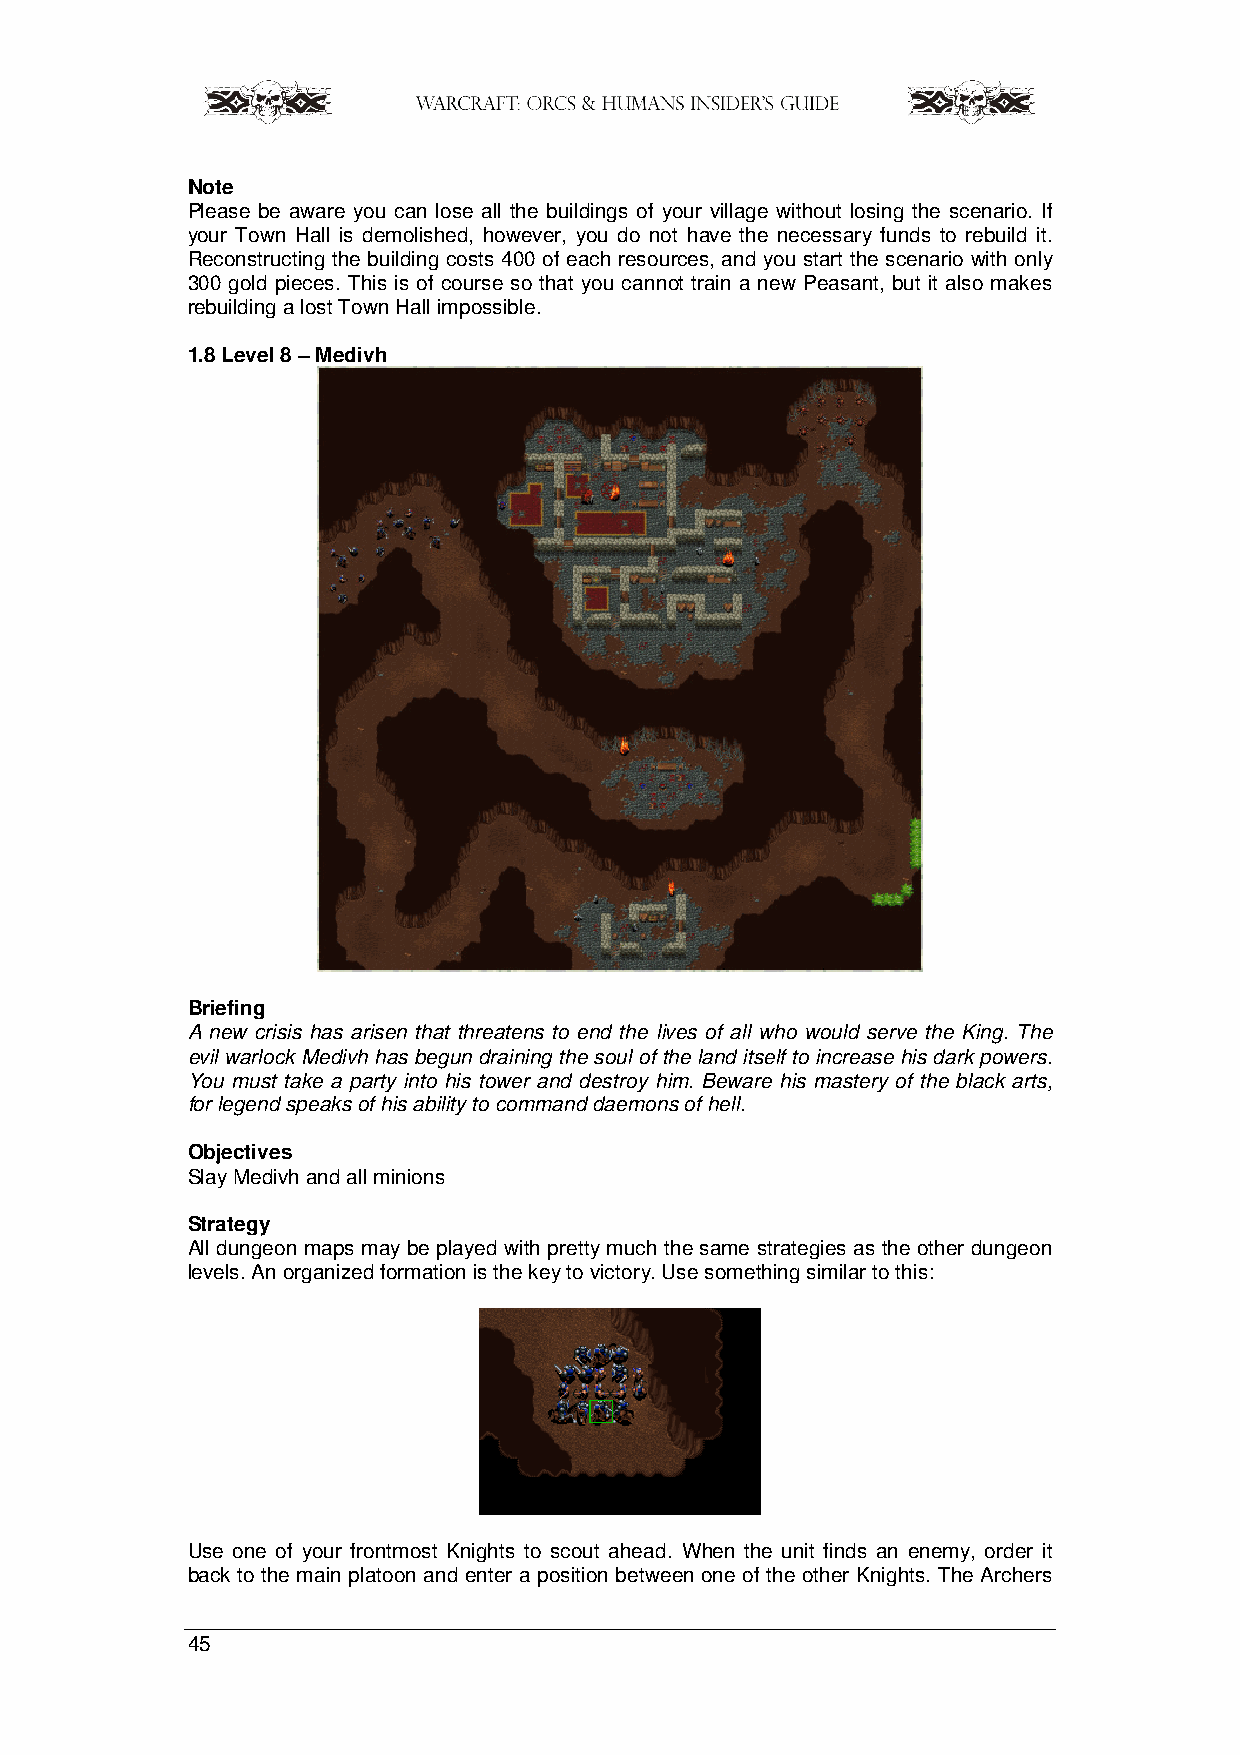
Note
 Please be aware you can lose all the buildings of your village without losing the scenario. If
 your Town Hall is demolished, however, you do not have the necessary funds to rebuild it.
 Reconstructing the building costs 400 of each resources, and you start the scenario with only
 300 gold pieces. This is of course so that you cannot train a new Peasant, but it also makes
 rebuilding a lost Town Hall impossible.
 1.8 Level 8 – Medivh
 Briefing
 A new crisis has arisen that threatens to end the lives of all who would serve the King. The
 evil warlock Medivh has begun draining the soul of the land itself to increase his dark powers.
 You must take a party into his tower and destroy him. Beware his mastery of the black arts,
 for legend speaks of his ability to command daemons of hell.
 Objectives
 Slay Medivh and all minions
 Strategy
 All dungeon maps may be played with pretty much the same strategies as the other dungeon
 levels. An organized formation is the key to victory. Use something similar to this:
 Use one of your frontmost Knights to scout ahead. When the unit finds an enemy, order it
 back to the main platoon and enter a position between one of the other Knights. The Archers
 45